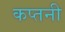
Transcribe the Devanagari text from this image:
कप्तनी